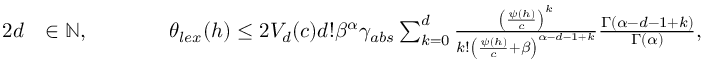
\begin{array} { r l r l } { { 2 } d } & { \in \mathbb { N } , \qquad } & & { \theta _ { l e x } ( h ) \leq 2 V _ { d } ( c ) d ! \beta ^ { \alpha } \gamma _ { a b s } \sum _ { k = 0 } ^ { d } \frac { \left( \frac { \psi ( h ) } { c } \right) ^ { k } } { k ! \left( \frac { \psi ( h ) } { c } + \beta \right) ^ { \alpha - d - 1 + k } } \frac { \Gamma ( \alpha - d - 1 + k ) } { \Gamma ( \alpha ) } , } \end{array}